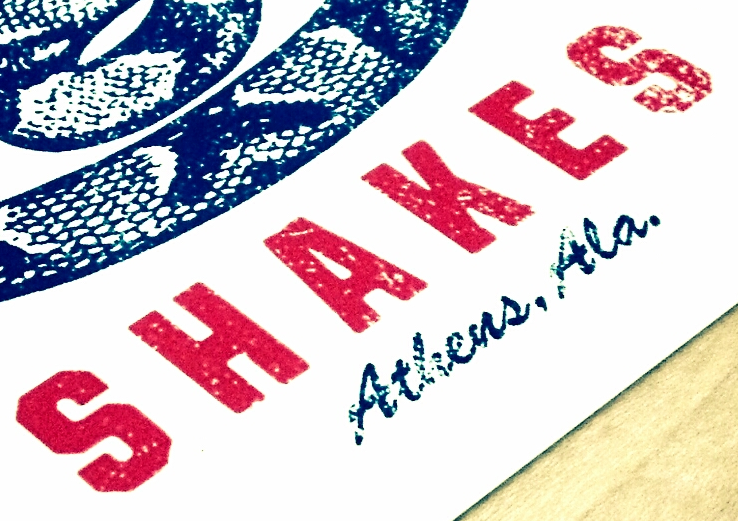
SHAKES